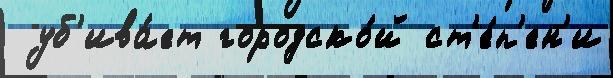
 уб'ива́ет городско́й ст'е́п'ен'и